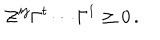
\mathcal { Z } ^ { i j } \Gamma ^ { t } \cdots \Gamma ^ { 1 } \geq 0 \, .